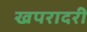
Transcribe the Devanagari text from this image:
खपरादरी